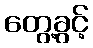
တွေ့ခွင့်